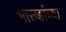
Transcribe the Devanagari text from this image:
भारूडांच्या